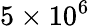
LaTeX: {5\times 10^{6}}